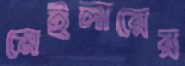
মেইলারের